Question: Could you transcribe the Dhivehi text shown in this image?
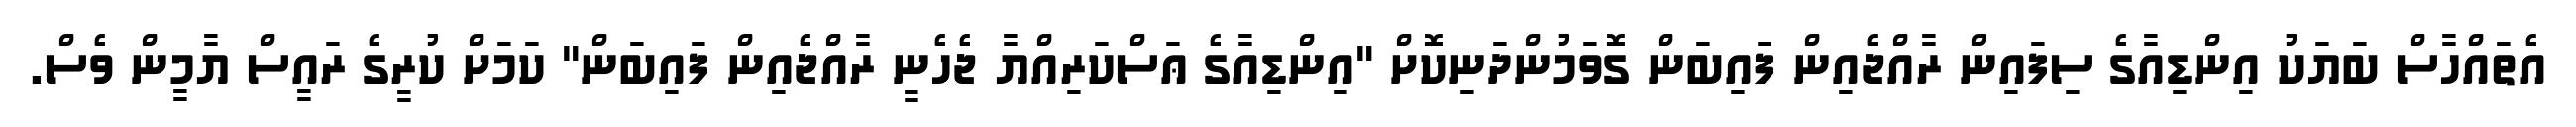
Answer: އެތައްހާސް ބަޔަކު އިންޑިއާގެ ސިފައިން ރާއްޖެއިން ފައިބަން ގޮވަމުންދަނިކޮށް "އިންޑިއާގެ ޢަސްކަރިއްޔާ ޖެހެނީ ރާއްޖެއިން ފައިބަން" ކަމަށް ކުރީގެ ރައީސް ޔާމީން ވެސް.